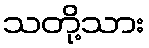
သတို့သား